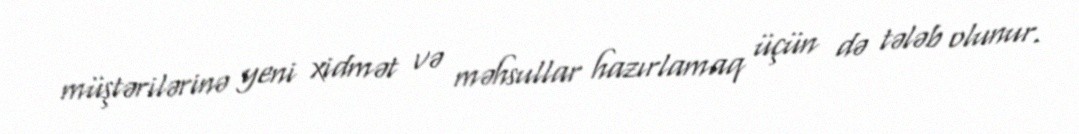
müştərilərinə yeni xidmət və məhsullar hazırlamaq üçün də tələb olunur.